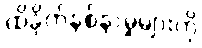
ထိခိုက်နစ်နာမှုများကို